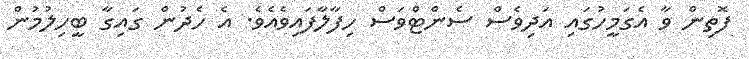
ފޮތިން ވާ އެގަމީހުގައި އަދިވެސް ސެންޓްވަސް ހިފާލާފައިވެއެވެ. އެ ހެދުން ގައިގާ ބީހިލުމުން